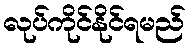
လုပ်ကိုင်နိုင်ရမည်